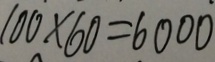
1 0 0 \times 6 0 = 6 0 0 0